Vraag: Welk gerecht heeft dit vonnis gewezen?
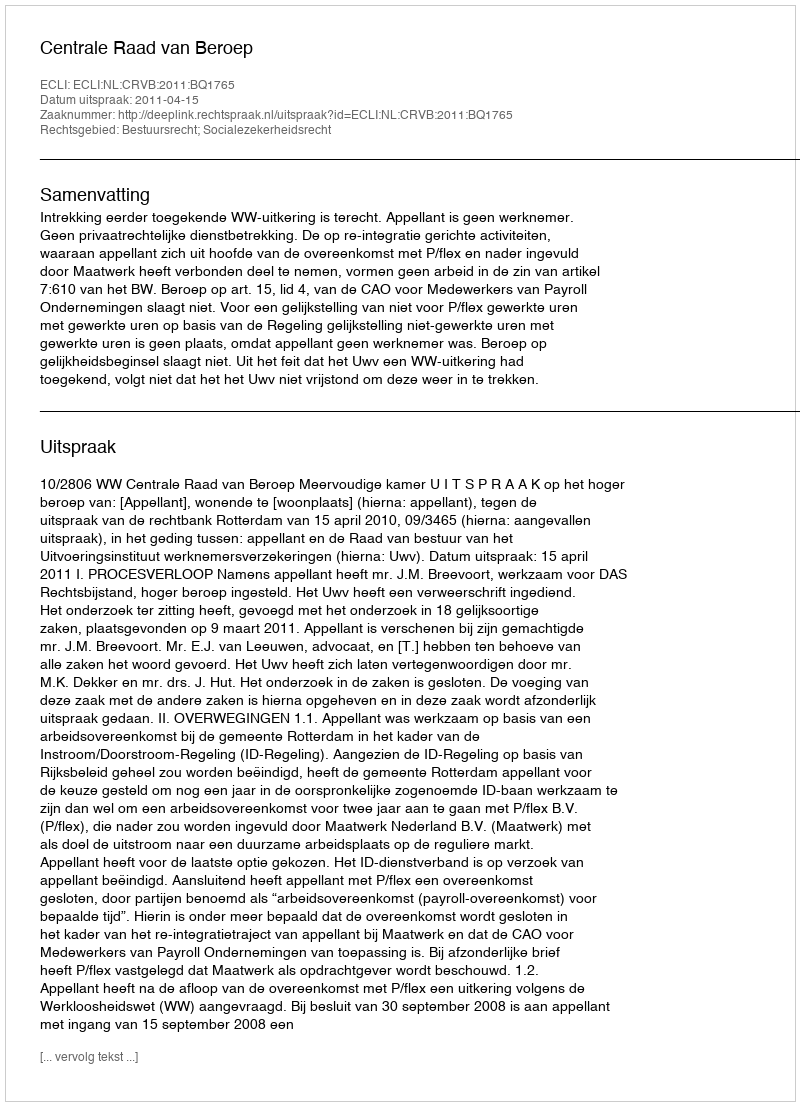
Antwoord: Centrale Raad van Beroep